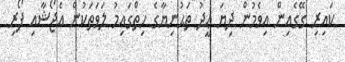
ކައިރި ގޭގެއިން އިވެމުން ދިޔަ ޢީދު ތަޙުނިޔާގެ ހިތްގައިމު ލަވަތަކުން އެޖޯޝާއި ފޯރި